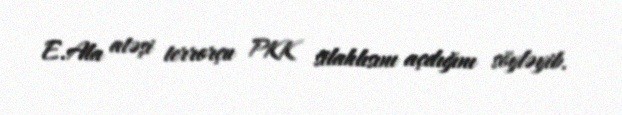
E.Ala atəşi terrorçu PKK silahlısını açdığını söyləyib.